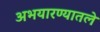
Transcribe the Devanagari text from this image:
अभयारण्यातले